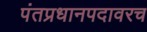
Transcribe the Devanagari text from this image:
पंतप्रधानपदावरच